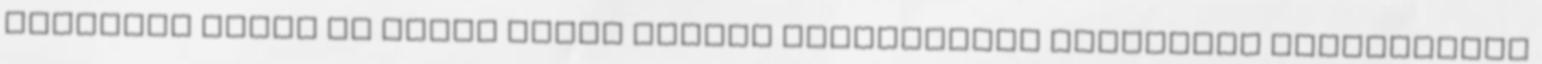
lehetővé tette az ókori világ néhány legkiválóbb művészeti alkotásának